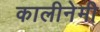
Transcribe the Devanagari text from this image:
कालीनेमी